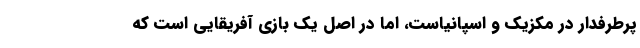
پرطرفدار در مکزیک و اسپانیاست، اما در اصل یک بازی آفریقایی است که